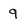
Character: 9